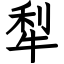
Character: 犁